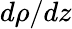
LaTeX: d\rho/dz